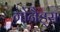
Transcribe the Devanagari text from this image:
गोनैड्स